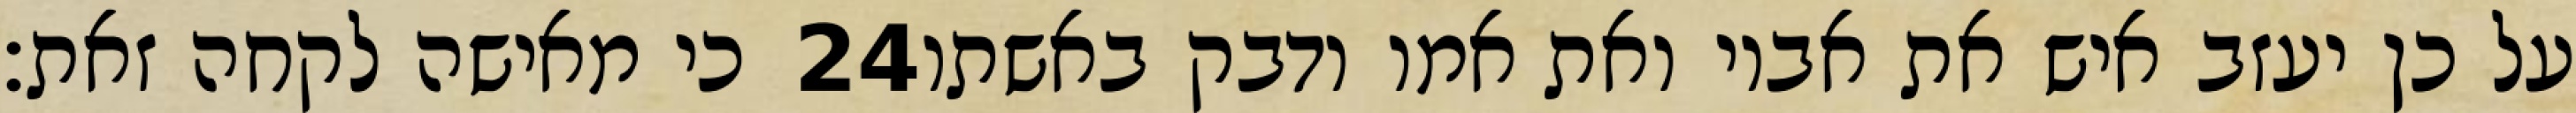
כי מאישה לקחה זאת׃ ‎24‏ על כן יעזב איש את אביו ואת אמו ודבק באשתו